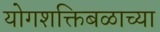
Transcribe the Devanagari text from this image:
योगशक्तिबळाच्या